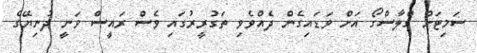
ސަމިޓަށް ގްލާސްގޯ އަށް ވަޑައިގެން ދެއްވެވި ތަގުރީރުގައި ވެސް ރައީސް ވަނީ ދުނިޔޭގެ